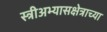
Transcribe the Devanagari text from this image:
स्त्रीअभ्यासक्षेत्राच्या